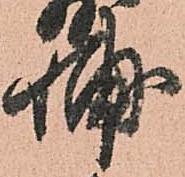
輔